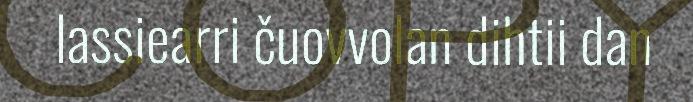
lassiearri čuovvolan dihtii dan